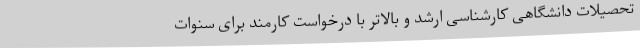
تحصیلات دانشگاهی کارشناسی ارشد و بالاتر با درخواست کارمند برای سنوات